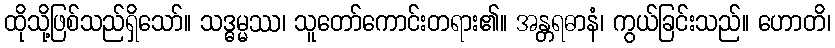
ထိုသို့ဖြစ်သည်ရှိသော်။ သဒ္ဓမ္မဿ၊ သူတော်ကောင်းတရား၏။ အန္တရဓာနံ၊ ကွယ်ခြင်းသည်။ ဟောတိ၊